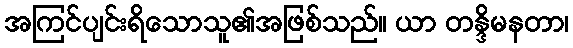
အကြင်ပျင်းရိသောသူ၏အဖြစ်သည်။ ယာ တန္ဒိမနတာ၊